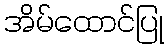
အိမ်ထောင်ပြု